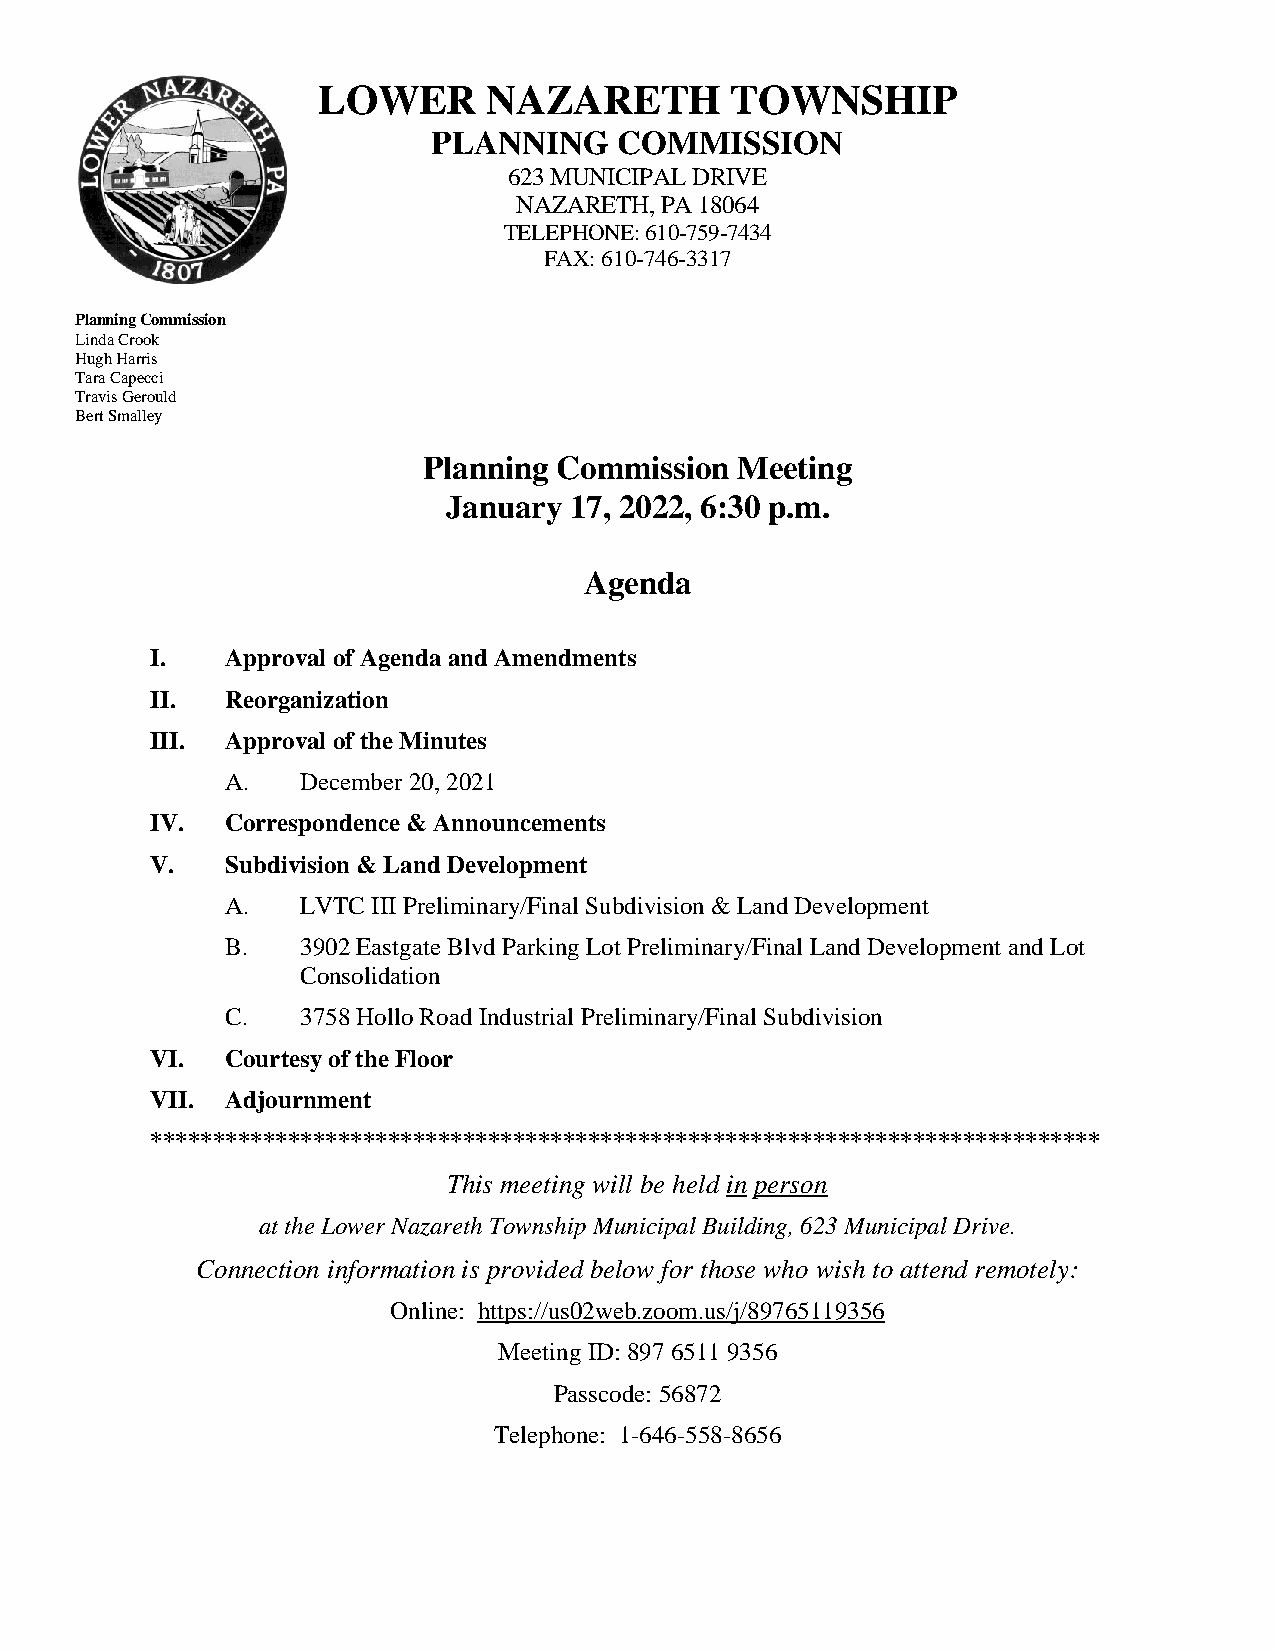
LOWER      NAZARETH        TOWNSHIP
 PLANNING    COMMISSION
 623 MUNICIPAL DRIVE
 NAZARETH, PA 18064
 TELEPHONE: 610-759-7434
 FAX: 610-746-3317
 Planning Commission
 Linda Crook
 Hugh Harris
 Tara Capecci
 Travis Gerould
 Bert Smalley
 Planning Commission  Meeting
 January 17, 2022, 6:30 p.m.
 Agenda
 I.   Approval of Agenda and Amendments
 II.  Reorganization
 III. Approval of the Minutes
 A.   December 20, 2021
 IV.  Correspondence & Announcements
 V.   Subdivision & Land Development
 A.   LVTC III Preliminary/Final Subdivision & Land Development
 B.   3902 Eastgate Blvd Parking Lot Preliminary/Final Land Development and Lot
 Consolidation
 C.   3758 Hollo Road Industrial Preliminary/Final Subdivision
 VI.  Courtesy of the Floor
 VII. Adjournment
 ****************************************************************************
 This meeting will be held in person
 at the Lower Nazareth Township Municipal Building, 623 Municipal Drive.
 Connection information is provided below for those who wish to attend remotely:
 Online: https://us02web.zoom.us/j/89765119356
 Meeting ID: 897 6511 9356
 Passcode: 56872
 Telephone: 1-646-558-8656